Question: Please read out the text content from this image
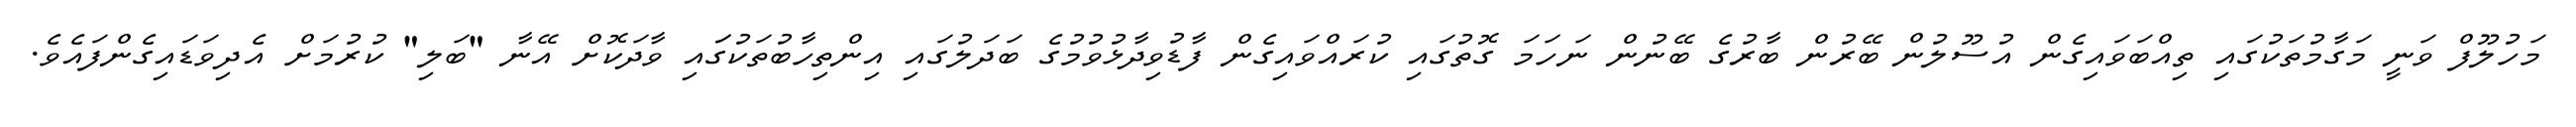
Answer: މަހުލޫފް ވަނީ މަގާމުތަކުގައި ތިއްބަވައިގެން އުސޫލުން ބޭރުން ބާރުގެ ބޭނުން ނަހަމަ ގޮތުގައި ކުރައްވައިގެން ފާޑުވިދާޅުވުމުގެ ބަދަލުގައި އިންތިހާބުތަކުގަައި ވާދަކޮށް އޭނާ "ބަލި" ކުރުމަށް އެދިވަޑައިގެންފައެވެ.